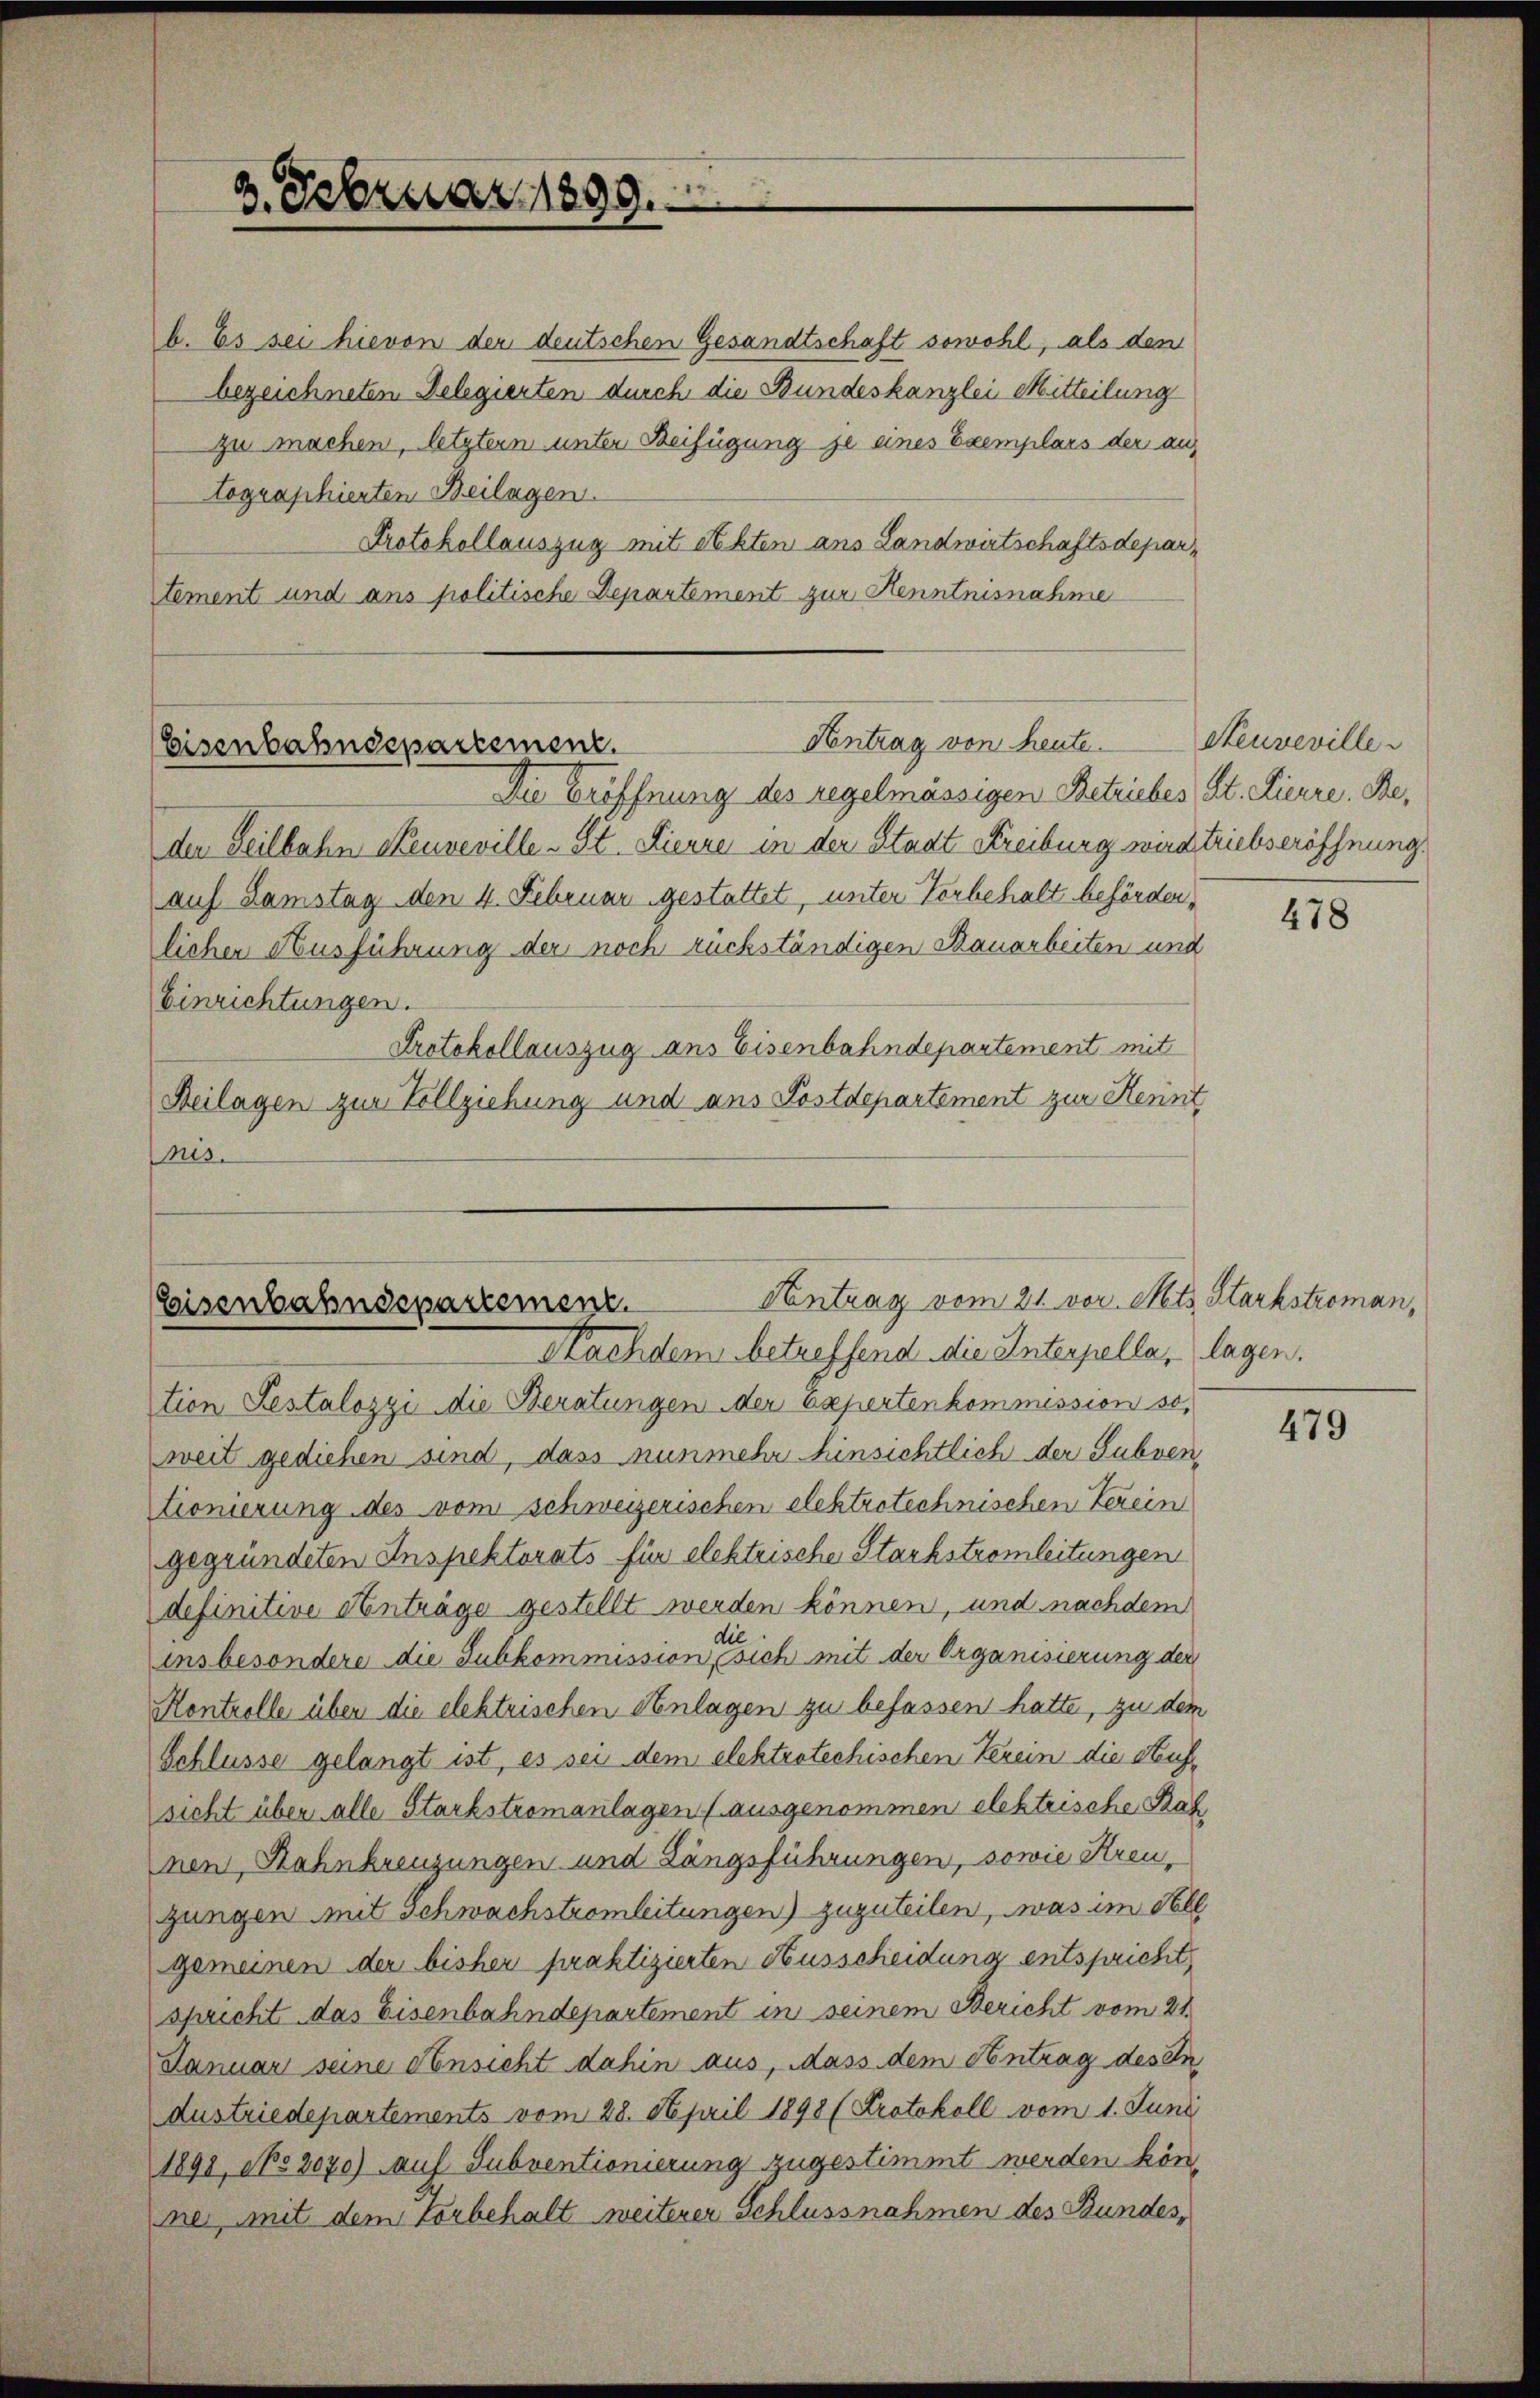
3. Februar 1899.

b. Es sei hievon der deutschen Gesandtschaft sowohl, als den
bezeichneten Delegierten durch die Bundeskanzlei Mitteilung
zu machen, letztem unter Beifügung je eines Exemplars der auf
tographierten Beilagen.
Protokollauszug mit Akten ans Landwirtschaftsdepartement und ans politische Departement zur Kenntnisnahme

Die Eröffnung des regelmässigen Betriebes St. Pierre. Beder Teilbahn Neuveville - St. Pierre in der Stadt Freiburg wird triebseröffnung,
auf Samstag den 4. Februar gestattet, unter Vorbehalt beförderlichen Ausführung der noch ruckständigen Bauarbeiten und
Einrichtungen.
Protokollauszug aus Eisenbahndepartement mit
Beilagen zur Vollziehung und aus Postdepartement zur Kennt
nis.

Eisenbahndepartement.

Kontrag von heute. Steuveville¬

Antrag vom 21. vor. Mts. Starkstroman,
Eisenbahndepartement.
Nachdem betreffend die Interpella, lagen.

ction Pestalozzi die Beratungen der Expertenkommission so,
weit gediehen sind, dass nunmehr hinsichtlich der Subventionierung des vom schweizerischen elektrotechnischen Verein
gegründeten Inspektorats für elektrische Stackstromleitungen
definitive Anträge gestellt werden können, und nachdem
sie
insbesondere die Subkommission, sich mit der Organisierung der
Kontrolle über die elektrischen Anlagen zu befassen hatte, zu dem
Schlüsse gelangt ist, es sei dem elektrotechischen Verein die Seuchsicht über alle Starkstromanlagen (ausgenommen elektrische Bah
nen, Rahnkreuzungen und Langsführungen, sowie Streugungen mit Schwachstromleitungen) zuzuteilen, was im Fle
gemeinen der bisher praktizierten Ausscheidung entspricht
spricht das Eisenbahndepartement in seinem Bericht vom 21.
Januar seine Ansicht dahin aus, Mass dem Antrag des In
Austriedepartements vom 28. April 1898 (Protokoll vom 1. Juni
1891, No 2070) auf Subventionierung zugestimmt werden kön
mer mit dem Vorbehalt weiterer Schlussnahmen des Bundes,

478

479